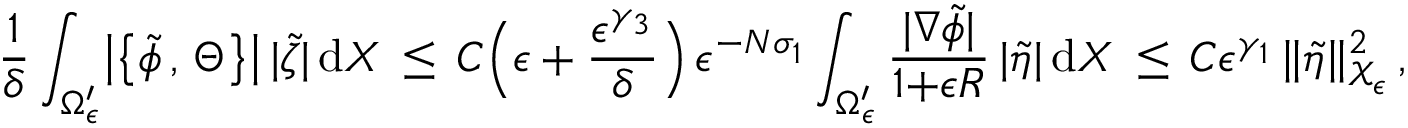
\frac { 1 } { \delta } \int _ { \Omega _ { \epsilon } ^ { \prime } } \bigl | \bigl \{ \tilde { \phi } \, , \, \Theta \bigr \} \bigr | \, | \tilde { \zeta } | \, \mathrm { d } X \, \le \, C \Bigl ( \epsilon + \frac { \epsilon ^ { \gamma _ { 3 } } } { \delta } \Bigr ) \, \epsilon ^ { - N \sigma _ { 1 } } \int _ { \Omega _ { \epsilon } ^ { \prime } } \frac { | \nabla \tilde { \phi } | } { 1 { + } \epsilon R } \, | \tilde { \eta } | \, \mathrm { d } X \, \le \, C \epsilon ^ { \gamma _ { 1 } } \, \| \tilde { \eta } \| _ { \mathcal { X } _ { \epsilon } } ^ { 2 } \, ,